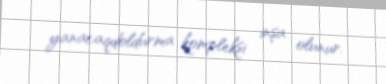
yanacaqdoldurma kompleksi inşa olunur.